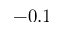
- 0 . 1